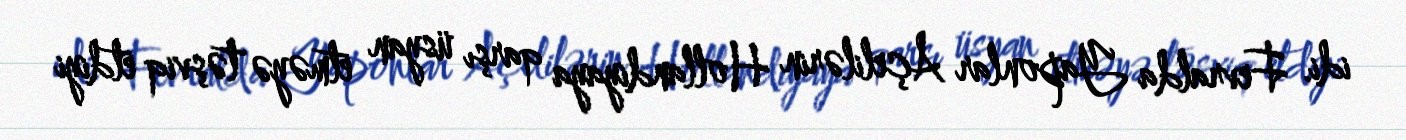
idi. Fevralda Yaponlar Açelilərin Hollandiyaya qarşı üsyan etməyə təşviq etdiyi